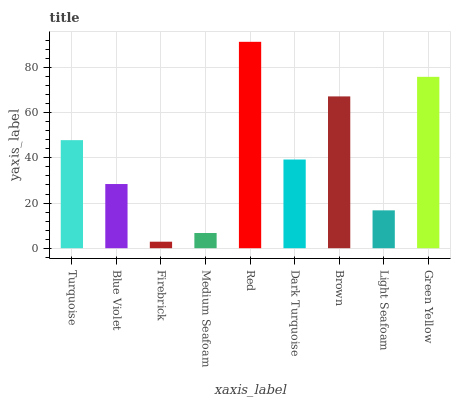
| xaxis_label | bars |
 | --- | --- |
 | Turquoise | 47.8 |
 | Blue Violet | 28.4 |
 | Firebrick | 2.88 |
 | Medium Seafoam | 6.73 |
 | Red | 91.4 |
 | Dark Turquoise | 39.3 |
 | Brown | 67.2 |
 | Light Seafoam | 16.8 |
 | Green Yellow | 75.9 |